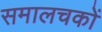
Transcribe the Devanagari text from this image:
समालचकों